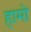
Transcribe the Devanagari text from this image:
हामो